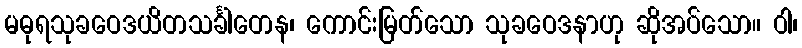
မဓုရသုခဝေဒယိတသင်္ခါတေန၊ ကောင်းမြတ်သော သုခဝေဒနာဟု ဆိုအပ်သော။ ဝါ၊